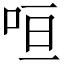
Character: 咺